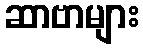
ဆာဗာများ